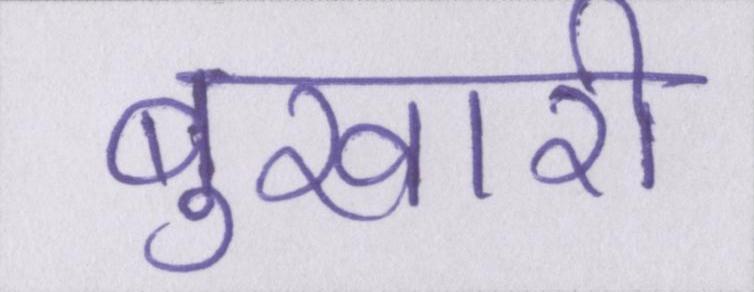
बुखारी